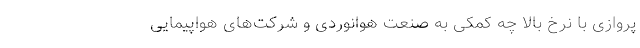
پروازی با نرخ بالا چه کمکی به صنعت هوانوردی و شرکت‌های هواپیمایی